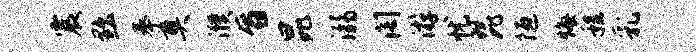
震黜奉奠濮旨昆溺阁游忧琵陋悔程乳